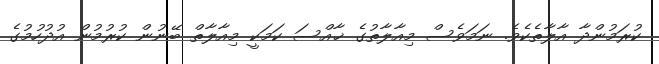
ކުރަމުންދާ އާލާތެކެވެ. ނަމަވެސް މިއާލާތުގެ ޚާއްސަ ކަމަކީ މިއާލާތް ބޭނުން ކުރުމުން އުދުހުމުގެ